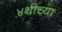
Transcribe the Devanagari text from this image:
४थीच्या